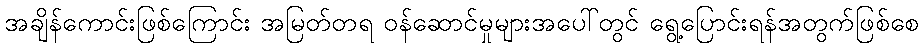
အချိန်ကောင်းဖြစ်ကြောင်း အမြတ်တရ ဝန်ဆောင်မှုများအပေါ်တွင် ရွေ့ပြောင်းရန်အတွက်ဖြစ်စေ